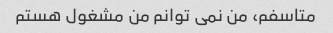
متاسفم، من نمی توانم من مشغول هستم